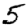
Digit: 5